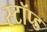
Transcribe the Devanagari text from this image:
स्टॉप्ड